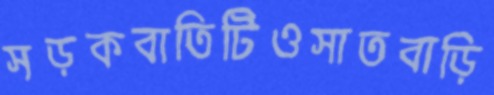
সড়কবাতিটিওসাতবাড়ি